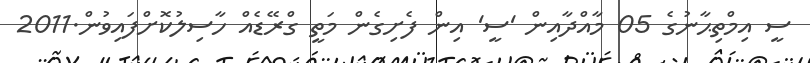
ސީ އިމްތިޙާނުގެ 05 މާއްދާއިން 'ސީ' އިން ފެށިގެން މަތީ ގްރޭޑެއް ހާސިލުކޮށްފައިވުން.2011